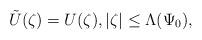
LaTeX: \begin{align*}\tilde U(\zeta)= U(\zeta),|\zeta|\le\Lambda(\Psi_0),\end{align*}